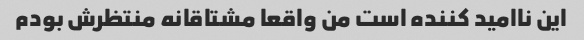
این ناامید کننده است من واقعا مشتاقانه منتظرش بودم